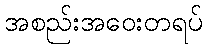
အစည်းအဝေးတရပ်